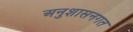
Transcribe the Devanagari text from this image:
अनुशासनगत